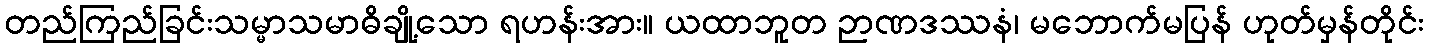
တည်ကြည်ခြင်းသမ္မာသမာဓိချို့သော ရဟန်းအား။ ယထာဘူတ ဉာဏဒဿနံ၊ မဘောက်မပြန် ဟုတ်မှန်တိုင်း